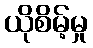
ယိုစိမ့်မှု